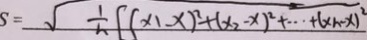
S = \sqrt { \frac { 1 } { n } ( x _ { 1 } - x ) ^ { 2 } + ( x _ { 2 } - x ) ^ { 2 } + \cdots + ( x _ { n } - x ) ^ { 2 } }